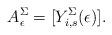
LaTeX: \begin{align*} A^\Sigma_\epsilon= [Y_{i,s}^\Sigma(\epsilon)].\end{align*}